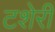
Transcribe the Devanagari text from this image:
टशेरी